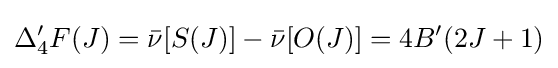
\Delta _{4}^{\prime }F(J)={\bar {\nu }}[S(J)]-{\bar {\nu }}[O(J)]=4B^{\prime }(2J+1)